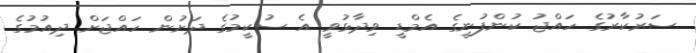
ސަރުކާރުގެ ހައްޖު ކުންފުނީގެ އެމްޑީ ވިދާޅުވީ އެ ސުކީމުގެ ދަށުން ހައްޖަށް ދިއުމުގެ